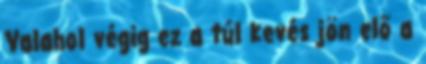
Valahol végig ez a túl kevés jön elő a